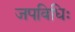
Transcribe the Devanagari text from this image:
जपविधिः